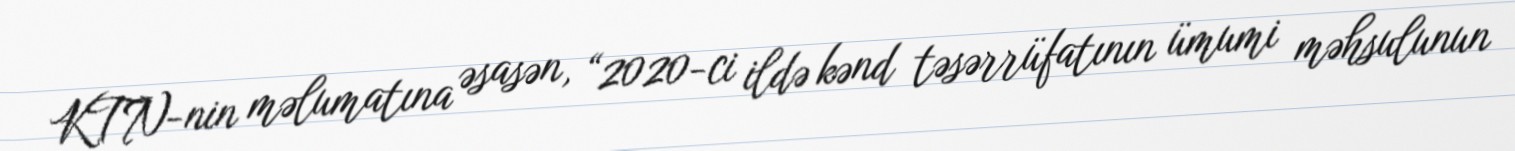
KTN-nin məlumatına əsasən, “2020-ci ildə kənd təsərrüfatının ümumi məhsulunun